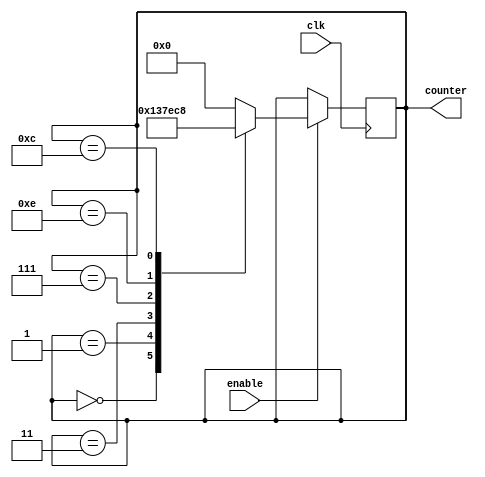
module johnson_counter_with_enable (
    input clk,
    input enable,
    output reg [3:0] counter
);

reg [3:0] next_state;

always @(posedge clk) begin
    if (enable) begin
        counter <= next_state;
    end
end

always @(*) begin
    case(counter)
        4'b0000: next_state = 4'b0001;
        4'b0001: next_state = 4'b0011;
        4'b0011: next_state = 4'b0111;
        4'b0111: next_state = 4'b1110;
        4'b1110: next_state = 4'b1100;
        4'b1100: next_state = 4'b1000;
        4'b1000: next_state = 4'b0000;
        default: next_state = 4'b0000;
    endcase
end

endmodule